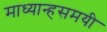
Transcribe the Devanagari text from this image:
माध्यान्हसमयी